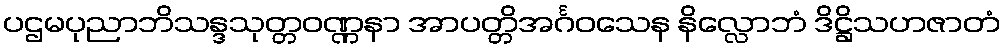
ပဌမပုညာဘိသန္ဒသုတ္တဝဏ္ဏနာ အာပတ္တိအင်္ဂဝသေန နိလ္လောဘံ ဒိဋ္ဌိသဟဇာတံ